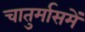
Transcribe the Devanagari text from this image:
चातुर्मासमें